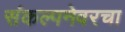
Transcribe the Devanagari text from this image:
संकल्पनेवरचा